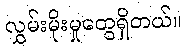
လွှမ်းမိုးမှုတွေရှိတယ်။